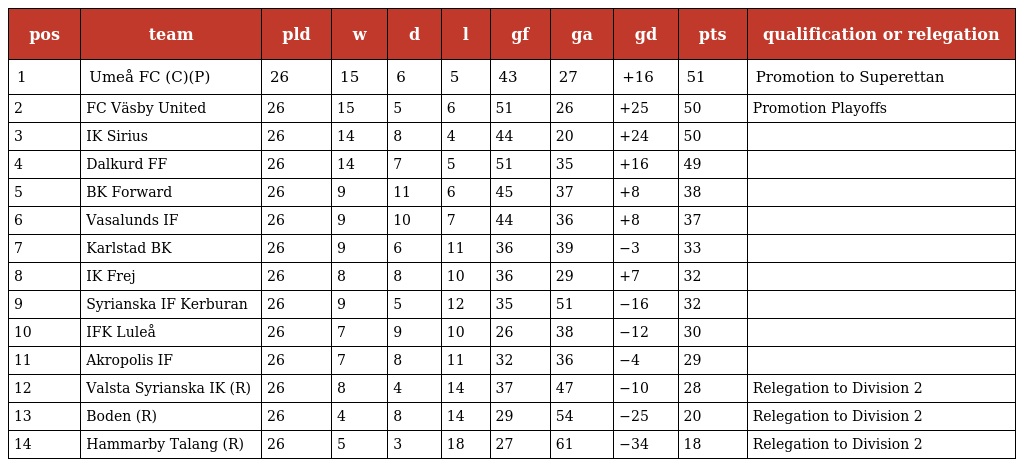
| pos | team | pld | w | d | l | gf | ga | gd | pts | qualification or relegation |
 | --- | --- | --- | --- | --- | --- | --- | --- | --- | --- | --- |
 | 1 | Umeå FC (C)(P) | 26 | 15 | 6 | 5 | 43 | 27 | +16 | 51 | Promotion to Superettan |
 | 2 | FC Väsby United | 26 | 15 | 5 | 6 | 51 | 26 | +25 | 50 | Promotion Playoffs |
 | 3 | IK Sirius | 26 | 14 | 8 | 4 | 44 | 20 | +24 | 50 |  |
 | 4 | Dalkurd FF | 26 | 14 | 7 | 5 | 51 | 35 | +16 | 49 |  |
 | 5 | BK Forward | 26 | 9 | 11 | 6 | 45 | 37 | +8 | 38 |  |
 | 6 | Vasalunds IF | 26 | 9 | 10 | 7 | 44 | 36 | +8 | 37 |  |
 | 7 | Karlstad BK | 26 | 9 | 6 | 11 | 36 | 39 | −3 | 33 |  |
 | 8 | IK Frej | 26 | 8 | 8 | 10 | 36 | 29 | +7 | 32 |  |
 | 9 | Syrianska IF Kerburan | 26 | 9 | 5 | 12 | 35 | 51 | −16 | 32 |  |
 | 10 | IFK Luleå | 26 | 7 | 9 | 10 | 26 | 38 | −12 | 30 |  |
 | 11 | Akropolis IF | 26 | 7 | 8 | 11 | 32 | 36 | −4 | 29 |  |
 | 12 | Valsta Syrianska IK (R) | 26 | 8 | 4 | 14 | 37 | 47 | −10 | 28 | Relegation to Division 2 |
 | 13 | Boden (R) | 26 | 4 | 8 | 14 | 29 | 54 | −25 | 20 | Relegation to Division 2 |
 | 14 | Hammarby Talang (R) | 26 | 5 | 3 | 18 | 27 | 61 | −34 | 18 | Relegation to Division 2 |